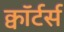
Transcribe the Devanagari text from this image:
क्वॉर्टर्स